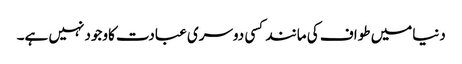
دنیامیں طواف کی مانند کسی دوسری عبادت کاوجود نہیں ہے۔